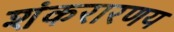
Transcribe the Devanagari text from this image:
शंकरारणय